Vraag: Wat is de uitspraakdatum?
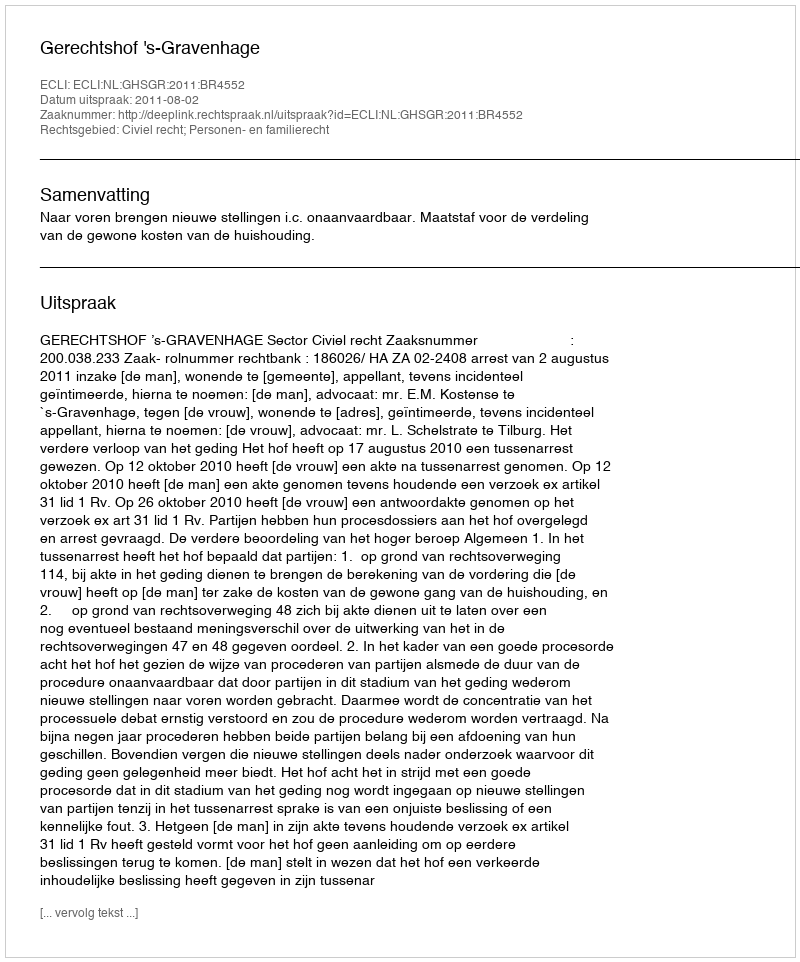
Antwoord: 2011-08-02